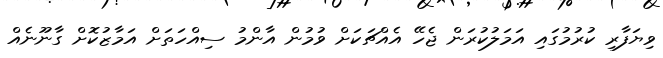
ވިޔަފާރި ކުރުމުގައި އަމަލުކުރަން ޖެހޭ އެއްޗަކަށް ވުމުން އާންމު ސިއްހަތަށް އަމާޒުކޮށް ގާނޫނެއް